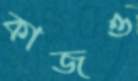
কাজও